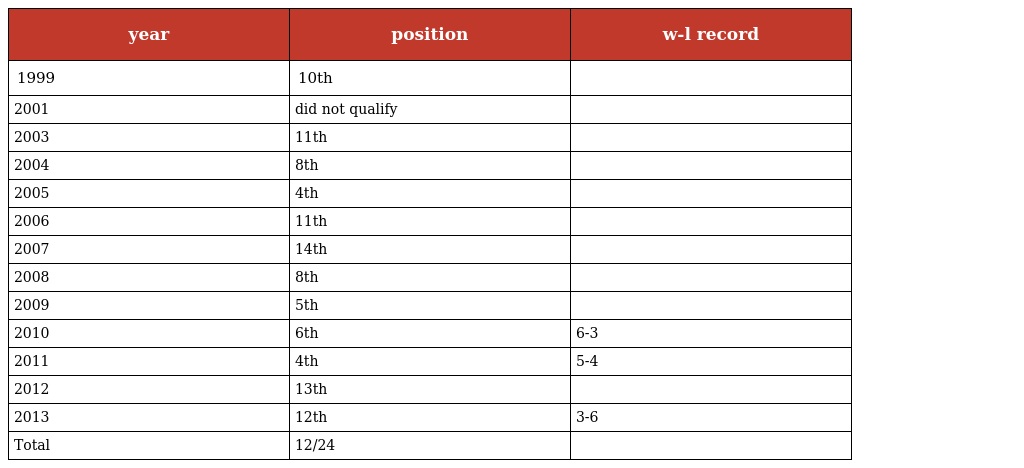
| year | position | w-l record |
 | --- | --- | --- |
 | 1999 | 10th |  |
 | 2001 | did not qualify |  |
 | 2003 | 11th |  |
 | 2004 | 8th |  |
 | 2005 | 4th |  |
 | 2006 | 11th |  |
 | 2007 | 14th |  |
 | 2008 | 8th |  |
 | 2009 | 5th |  |
 | 2010 | 6th | 6-3 |
 | 2011 | 4th | 5-4 |
 | 2012 | 13th |  |
 | 2013 | 12th | 3-6 |
 | Total | 12/24 |  |